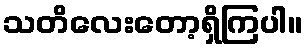
သတိလေးတော့ရှိကြပါ။